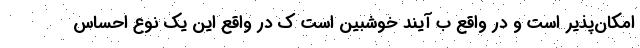
امکان‌پذیر است و در واقع ب آیند خوشبین است ک در واقع این یک نوع احساس